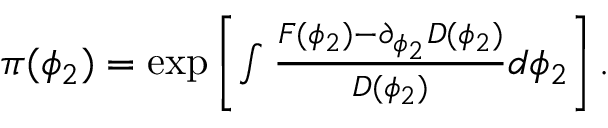
\begin{array} { r } { \pi ( \phi _ { 2 } ) = \exp \left[ \int \frac { F ( \phi _ { 2 } ) - \partial _ { \phi _ { 2 } } D ( \phi _ { 2 } ) } { D ( \phi _ { 2 } ) } d \phi _ { 2 } \right] . } \end{array}